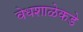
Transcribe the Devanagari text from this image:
वेधशाळेकडे